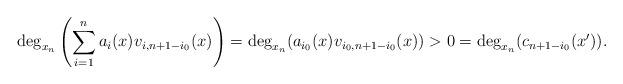
LaTeX: \begin{gather*} \deg_{x_n}\left(\sum_{i=1}^n a_i(x) v_{i,n+1-i_0}(x) \right) =\deg_{x_n}(a_{i_0}(x) v_{i_0, n+1-i_0}(x))>0 =\deg_{x_n} (c_{n+1-i_0}(x')).\end{gather*}